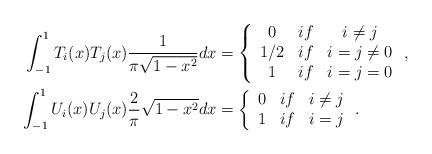
LaTeX: \begin{align*}\int_{-1}^{1}T_{i}(x)T_{j}(x)\frac{1}{\pi\sqrt{1-x^{2}}}dx & =\left\{\begin{array}[c]{ccc}0 & if & i\neq j\\1/2 & if & i=j\neq0\\1 & if & i=j=0\end{array}\right. ,\\\int_{-1}^{1}U_{i}(x)U_{j}(x)\frac{2}{\pi}\sqrt{1-x^{2}}dx\allowbreak &=\allowbreak\left\{\begin{array}[c]{ccc}0 & if & i\neq j\\1 & if & i=j\end{array}\right. . \end{align*}